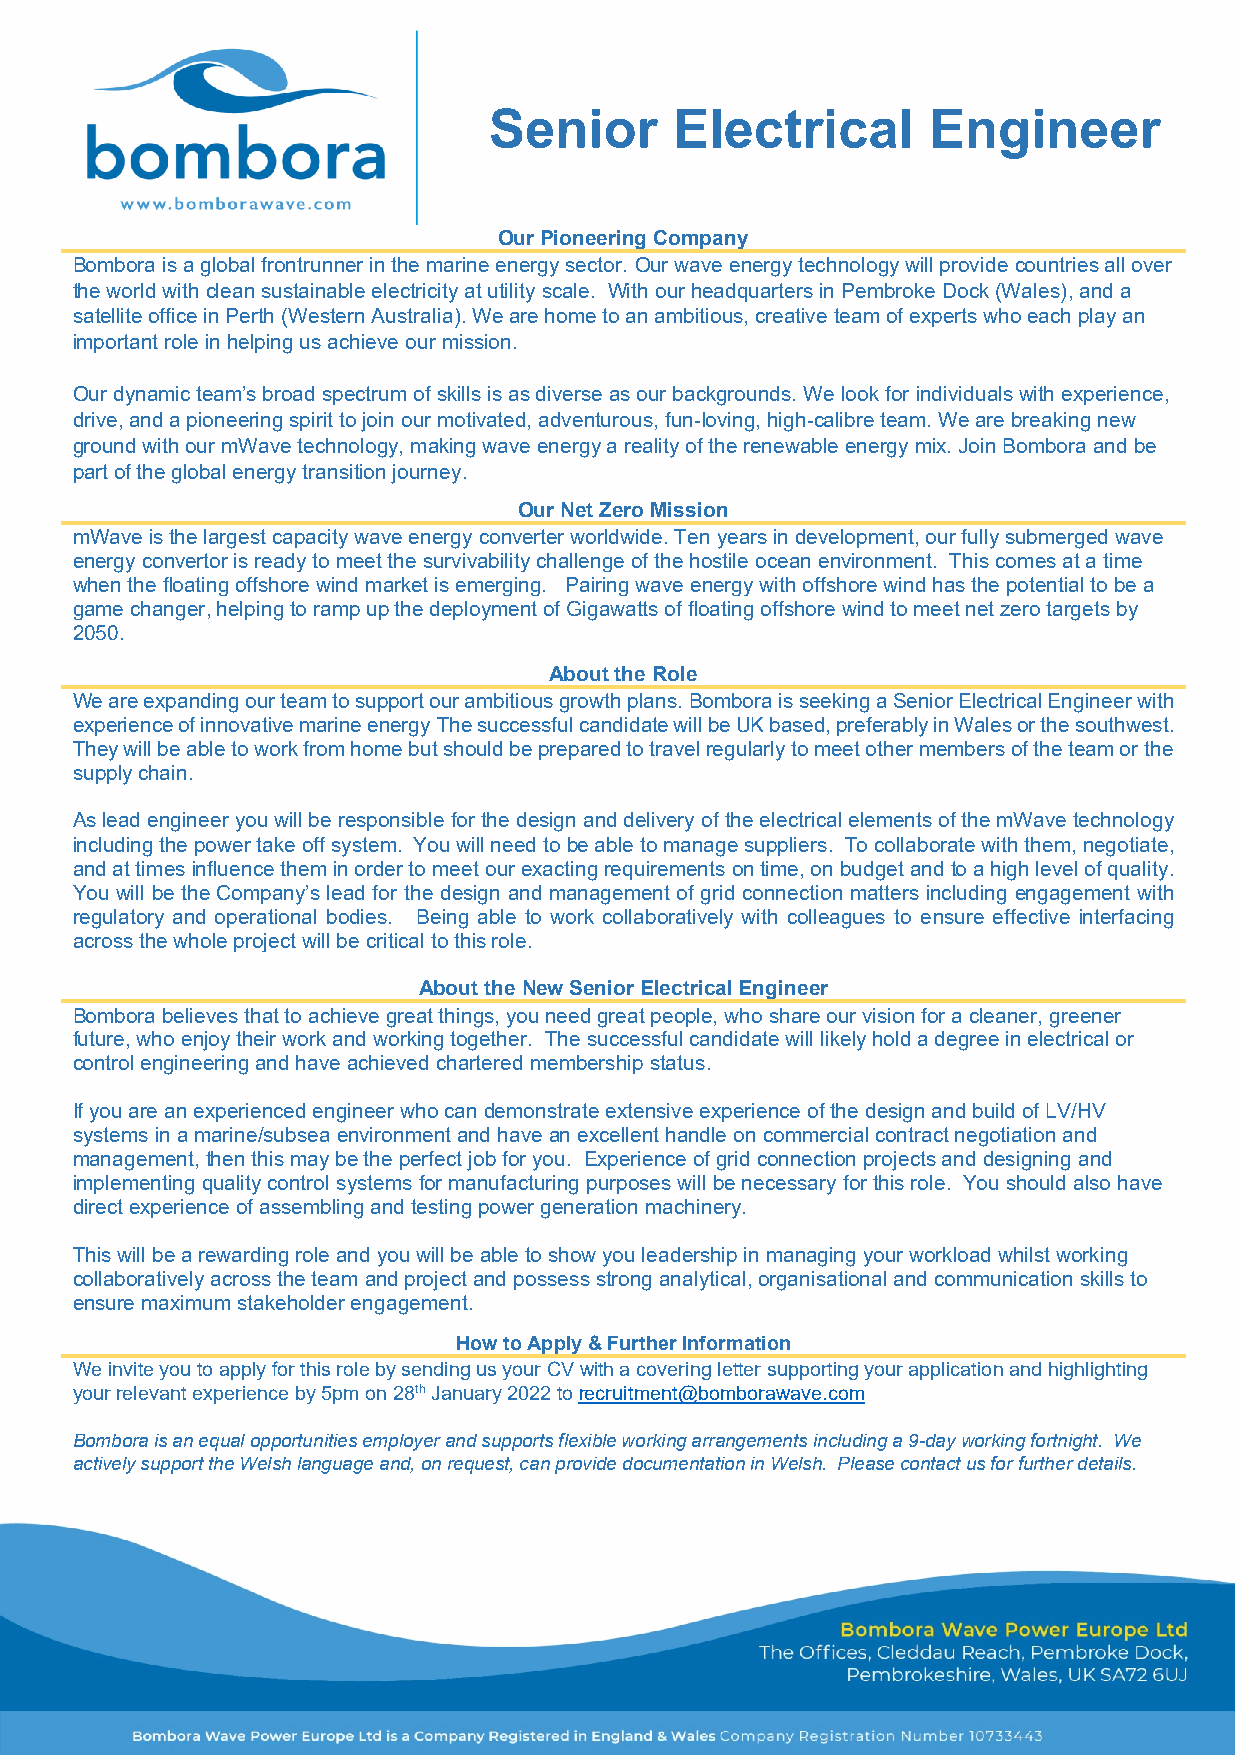
Senior       Electrical      Engineer
 Our Pioneering Company
 Bombora is a global frontrunner in the marine energy sector. Our wave energy technology will provide countries all over
 the world with clean sustainable electricity at utility scale. With our headquarters in Pembroke Dock (Wales), and a
 satellite office in Perth (Western Australia). We are home to an ambitious, creative team of experts who each play an
 important role in helping us achieve our mission.
 Our dynamic team’s broad spectrum of skills is as diverse as our backgrounds. We look for individuals with experience,
 drive, and a pioneering spirit to join our motivated, adventurous, fun-loving, high-calibre team. We are breaking new
 ground with our mWave technology, making wave energy a reality of the renewable energy mix. Join Bombora and be
 part of the global energy transition journey.
 Our Net Zero Mission
 mWave is the largest capacity wave energy converter worldwide. Ten years in development, our fully submerged wave
 energy convertor is ready to meet the survivability challenge of the hostile ocean environment. This comes at a time
 when the floating offshore wind market is emerging. Pairing wave energy with offshore wind has the potential to be a
 game changer, helping to ramp up the deployment of Gigawatts of floating offshore wind to meet net zero targets by
 2050.
 About the Role
 We are expanding our team to support our ambitious growth plans. Bombora is seeking a Senior Electrical Engineer with
 experience of innovative marine energy The successful candidate will be UK based, preferably in Wales or the southwest.
 They will be able to work from home but should be prepared to travel regularly to meet other members of the team or the
 supply chain.
 As lead engineer you will be responsible for the design and delivery of the electrical elements of the mWave technology
 including the power take off system. You will need to be able to manage suppliers. To collaborate with them, negotiate,
 and at times influence them in order to meet our exacting requirements on time, on budget and to a high level of quality.
 You will be the Company’s lead for the design and management of grid connection matters including engagement with
 regulatory and operational bodies. Being able to work collaboratively with colleagues to ensure effective interfacing
 across the whole project will be critical to this role.
 About the New Senior Electrical Engineer
 Bombora believes that to achieve great things, you need great people, who share our vision for a cleaner, greener
 future, who enjoy their work and working together. The successful candidate will likely hold a degree in electrical or
 control engineering and have achieved chartered membership status.
 If you are an experienced engineer who can demonstrate extensive experience of the design and build of LV/HV
 systems in a marine/subsea environment and have an excellent handle on commercial contract negotiation and
 management, then this may be the perfect job for you. Experience of grid connection projects and designing and
 implementing quality control systems for manufacturing purposes will be necessary for this role. You should also have
 direct experience of assembling and testing power generation machinery.
 This will be a rewarding role and you will be able to show you leadership in managing your workload whilst working
 collaboratively across the team and project and possess strong analytical, organisational and communication skills to
 ensure maximum stakeholder engagement.
 How to Apply & Further Information
 We invite you to apply for this role by sending us your CV with a covering letter supporting your application and highlighting
 your relevant experience by 5pm on 28th January 2022 to recruitment@bomborawave.com
 Bombora is an equal opportunities employer and supports flexible working arrangements including a 9-day working fortnight. We
 actively support the Welsh language and, on request, can provide documentation in Welsh. Please contact us for further details.